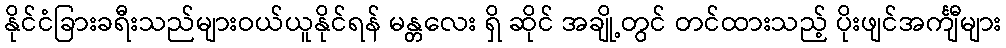
နိုင်ငံခြားခရီးသည်များဝယ်ယူနိုင်ရန် မန္တလေး ရှိ ဆိုင် အချို့တွင် တင်ထားသည့် ပိုးဖျင်အင်္ကျီများ